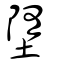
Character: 墮